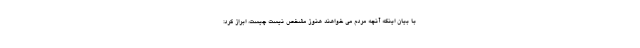
با بیان اینکه آنچه مردم می خواهند هنوز مشخص نیست چیست، ابراز کرد: